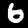
Label: 6